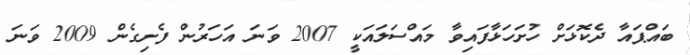
ބައްޕައާ ދެކޮޅަށް ހުށަހަޅާފައިވާ މައްސަލައަކީ 2007 ވަނަ އަހަރުން ފެށިގެން 2009 ވަނަ